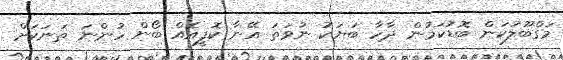
މަގްބޫލުކަން ބޮޑުކަމުން ދާހާ ބަޔަކު ނުވަތަ އޭނާ ކޮފީއެއް ބޯން ހުންނަ ތަނަކަށް